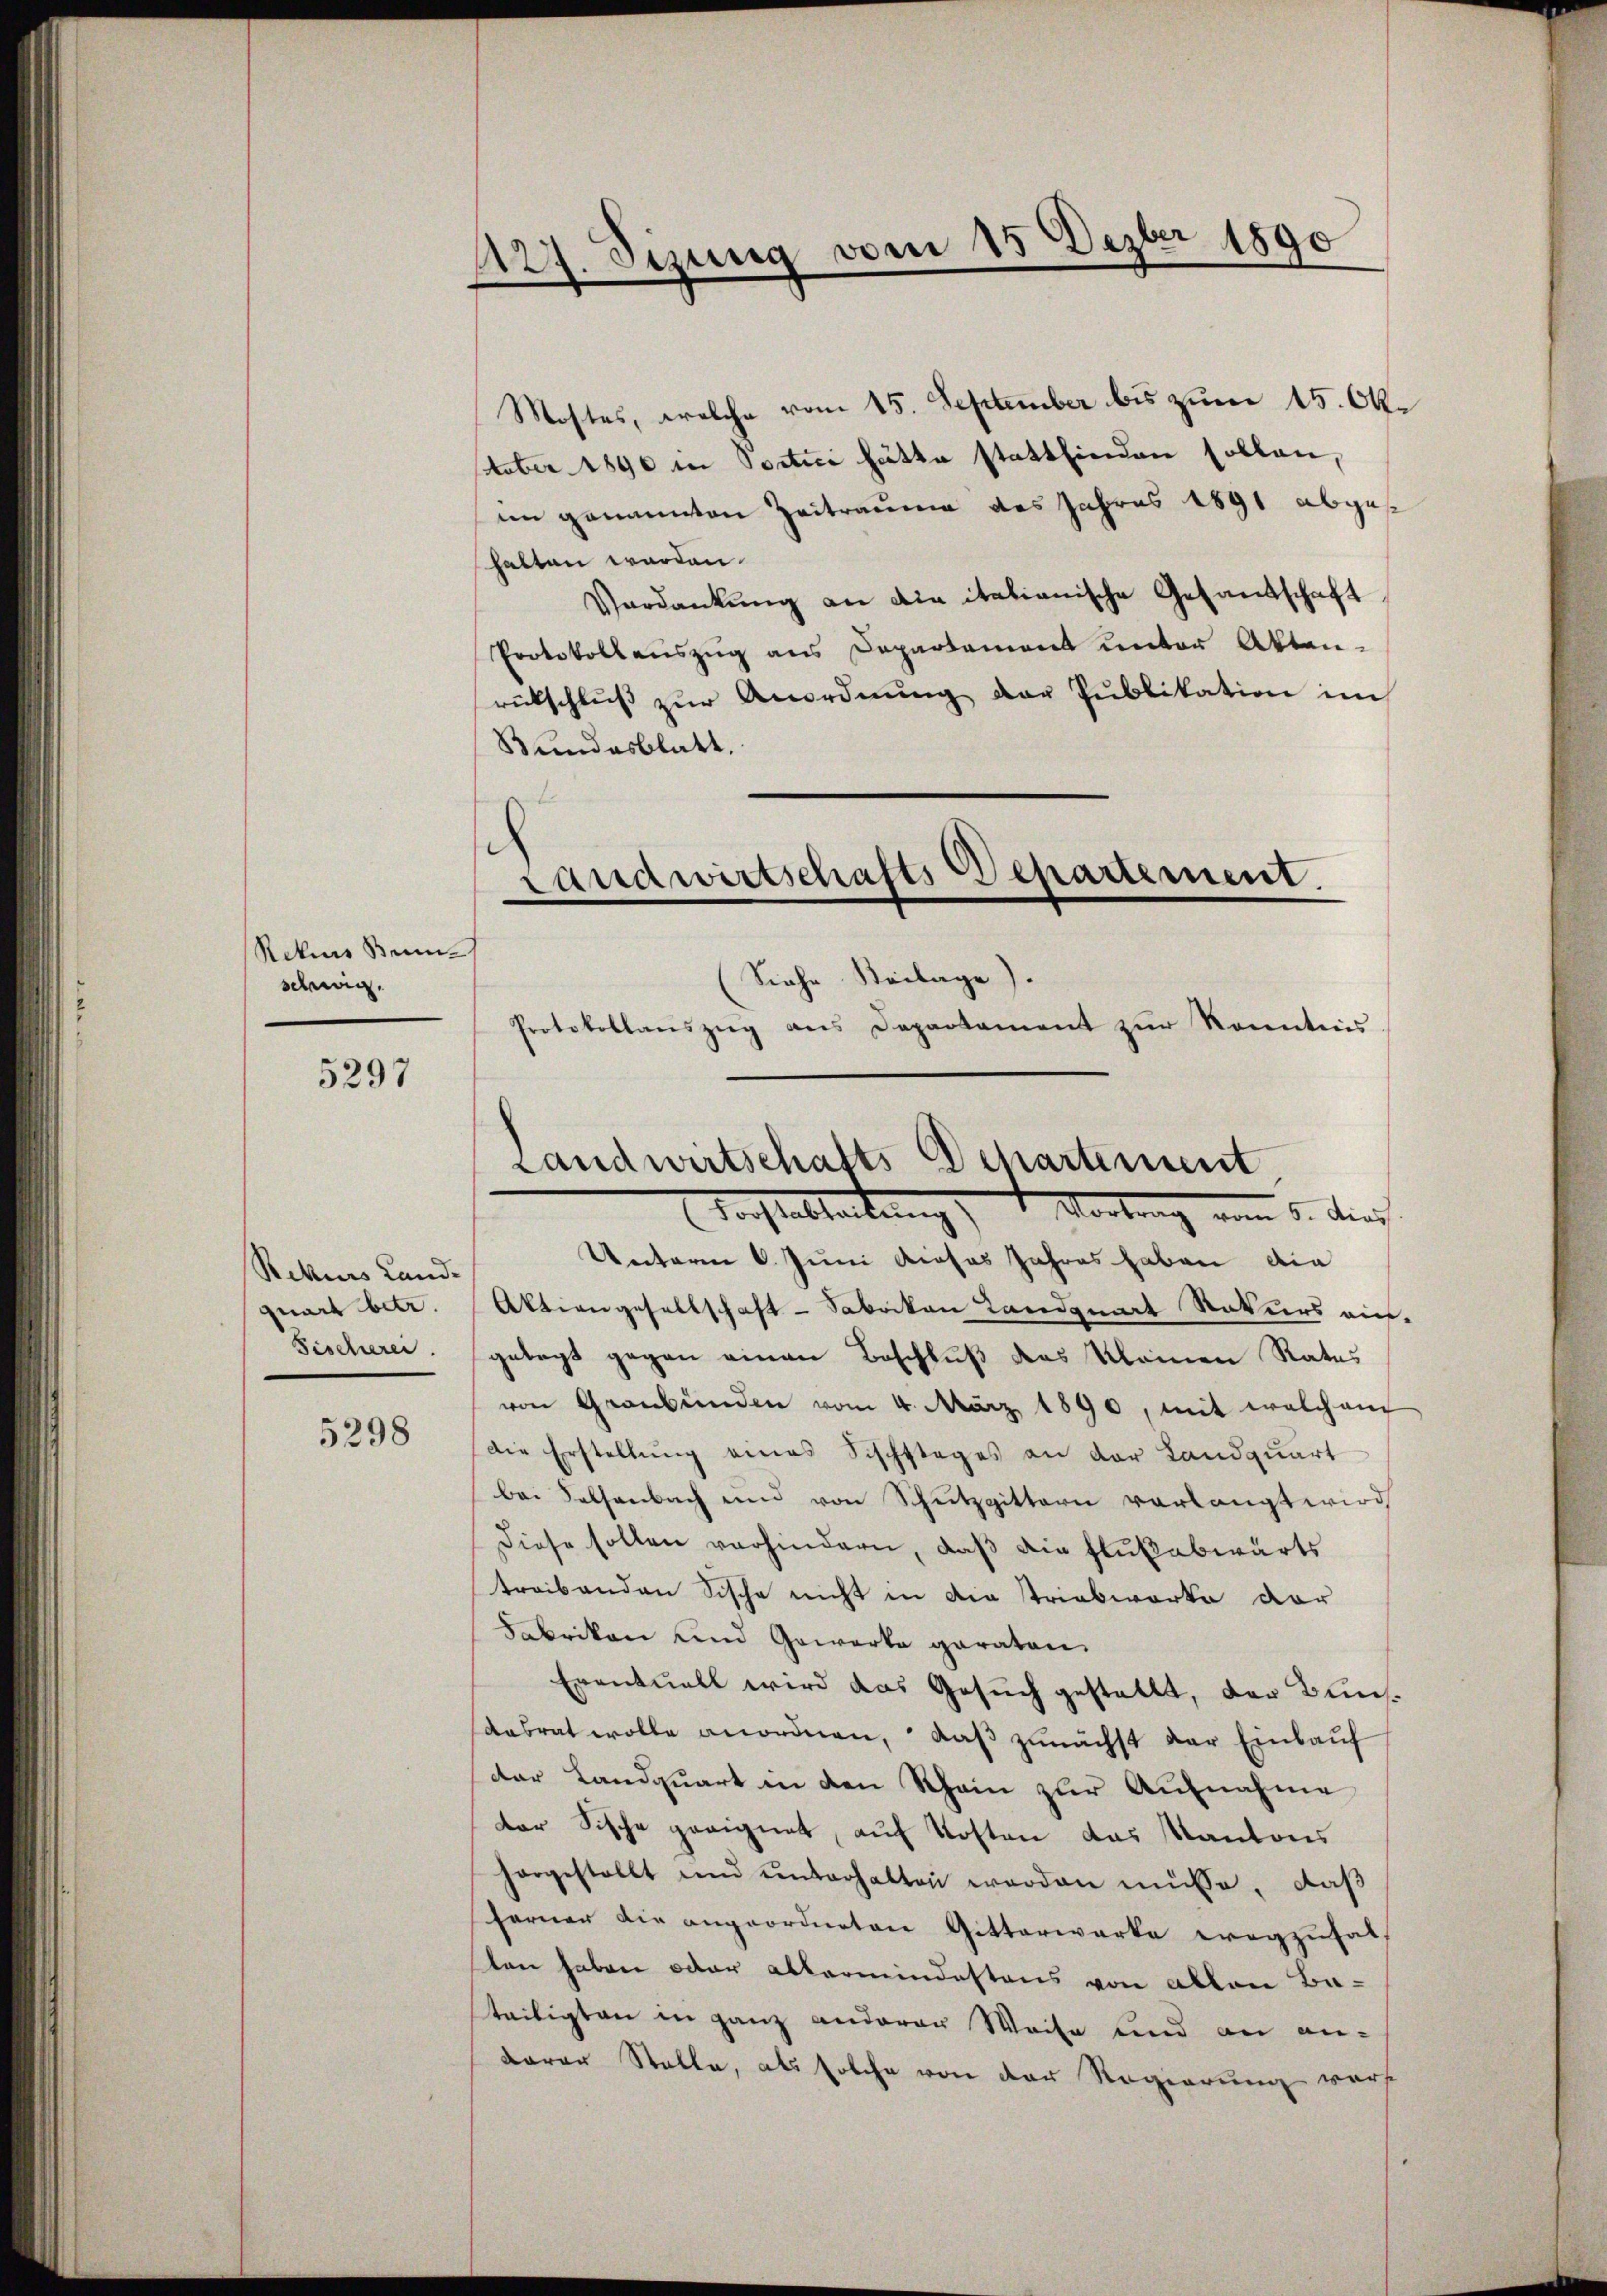
Rekurs Bun
schg.

5297

Rekurs Land-
quart betr.
Bischerei.

5298

1127. Sizung vom 15 Dezbr 1890

Mostes, welche vom 15. September bis zum 15. Oktober 1890 in Soctici hätte stattfinden sollen,
im genannten Zeitraume des Jahres 1891 abges
halten worden.
Verdankŭng an die italianische Gesandschaft
Protokollenszŭg ans Departement unter Akten-
rückschlŭβ zŭr Anordnŭng der Publikation im
Bundesblatt.

Landwirtschafts Departement
Siehe Beilage).
Protokollanszŭg ans Departament zŭr Kenntnis

Unterm 6. Juni dieses Jahres haben die
Aktiengesellschaft - Sabacken Landquart Rekurs ein-
gelegt gegen einen Beschluß des Kleinen Rates
von Graubünden vom 4. März 1890, mit welchem
die Erstellung eines Fischstages an der Landquart
bei Felsenbach und von Schutzgittern vorlangt wird
Diese sollen verhindern, daß die Flußabwärts
treibanden Fische nicht in die striabwarte dar
Fabrikon und Gewerke geraten.
Eventuell wird das Gesuch gestellt, der Buns¬
Aasrat wolle anordnen, daß zunächst der Einkauf
der Landquart in den Rhein zur Aufnahme
der Fische geeignet, auf Kosten das Kantons
horgestellt und unterhalten werden müsse, daß
ferner die angeordneten Gitterwerke erogzufal
ten haben oder allermindestens von allen Bateiligten in ganz anderer Weise und an an-
darer Stelle, als solche von der Regierung warst

Landwirtschafts Departement
Forstableitung 1. Vortrag vom 5. Aus